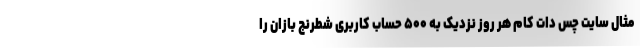
مثال سایت چس دات کام هر روز نزدیک به ۵۰۰ حساب کاربری شطرنج بازان را